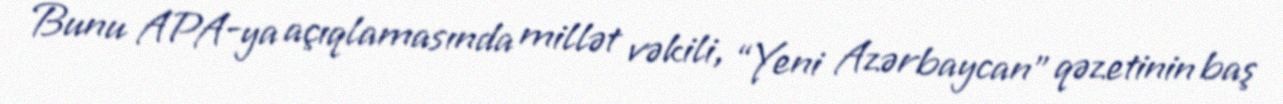
Bunu APA-ya açıqlamasında millət vəkili, “Yeni Azərbaycan” qəzetinin baş